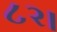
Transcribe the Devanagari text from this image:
८२।